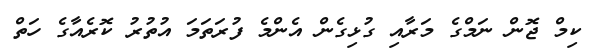
ކިމް ޖޮން ނަމްގެ މަރާއި ގުޅިގެން އެންމެ ފުރަތަމަ އުތުރު ކޮރެއާގެ ހަތް